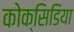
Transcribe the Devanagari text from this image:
कोक्सिडिया